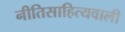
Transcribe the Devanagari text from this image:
नीतिसाहित्यवाली